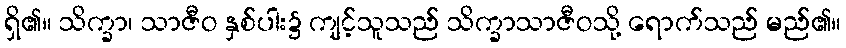
ရှိ၏။ သိက္ခာ၊ သာဇီဝ နှစ်ပါး၌ ကျင့်သူသည် သိက္ခာသာဇီဝသို့ ရောက်သည် မည်၏။